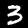
Label: 3